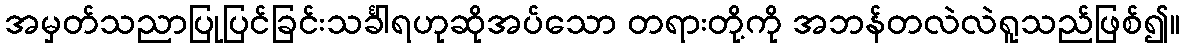
အမှတ်သညာပြုပြင်ခြင်းသင်္ခါရဟုဆိုအပ်သော တရားတို့ကို အဘန်တလဲလဲရူသည်ဖြစ်၍။